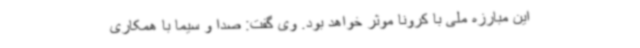
این مبارزه ملی با کرونا موثر خواهد بود. وی گفت: صدا و سیما با همکاری